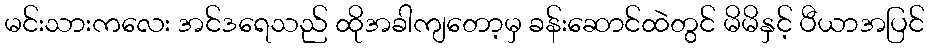
မင်းသားကလေး အင်ဒရေသည် ထိုအခါကျတော့မှ ခန်းဆောင်ထဲတွင် မိမိနှင့် ပီယာအပြင်